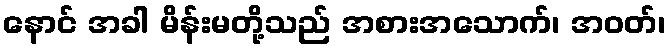
နောင် အခါ မိန်းမတို့သည် အစားအသောက်၊ အဝတ်၊